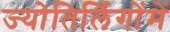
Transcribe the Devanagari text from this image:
ज्योतिर्लिगोंमें